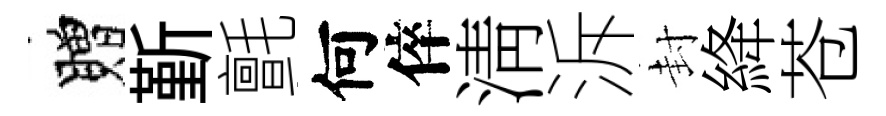
贈斳氈何倅淸泝封絳苍